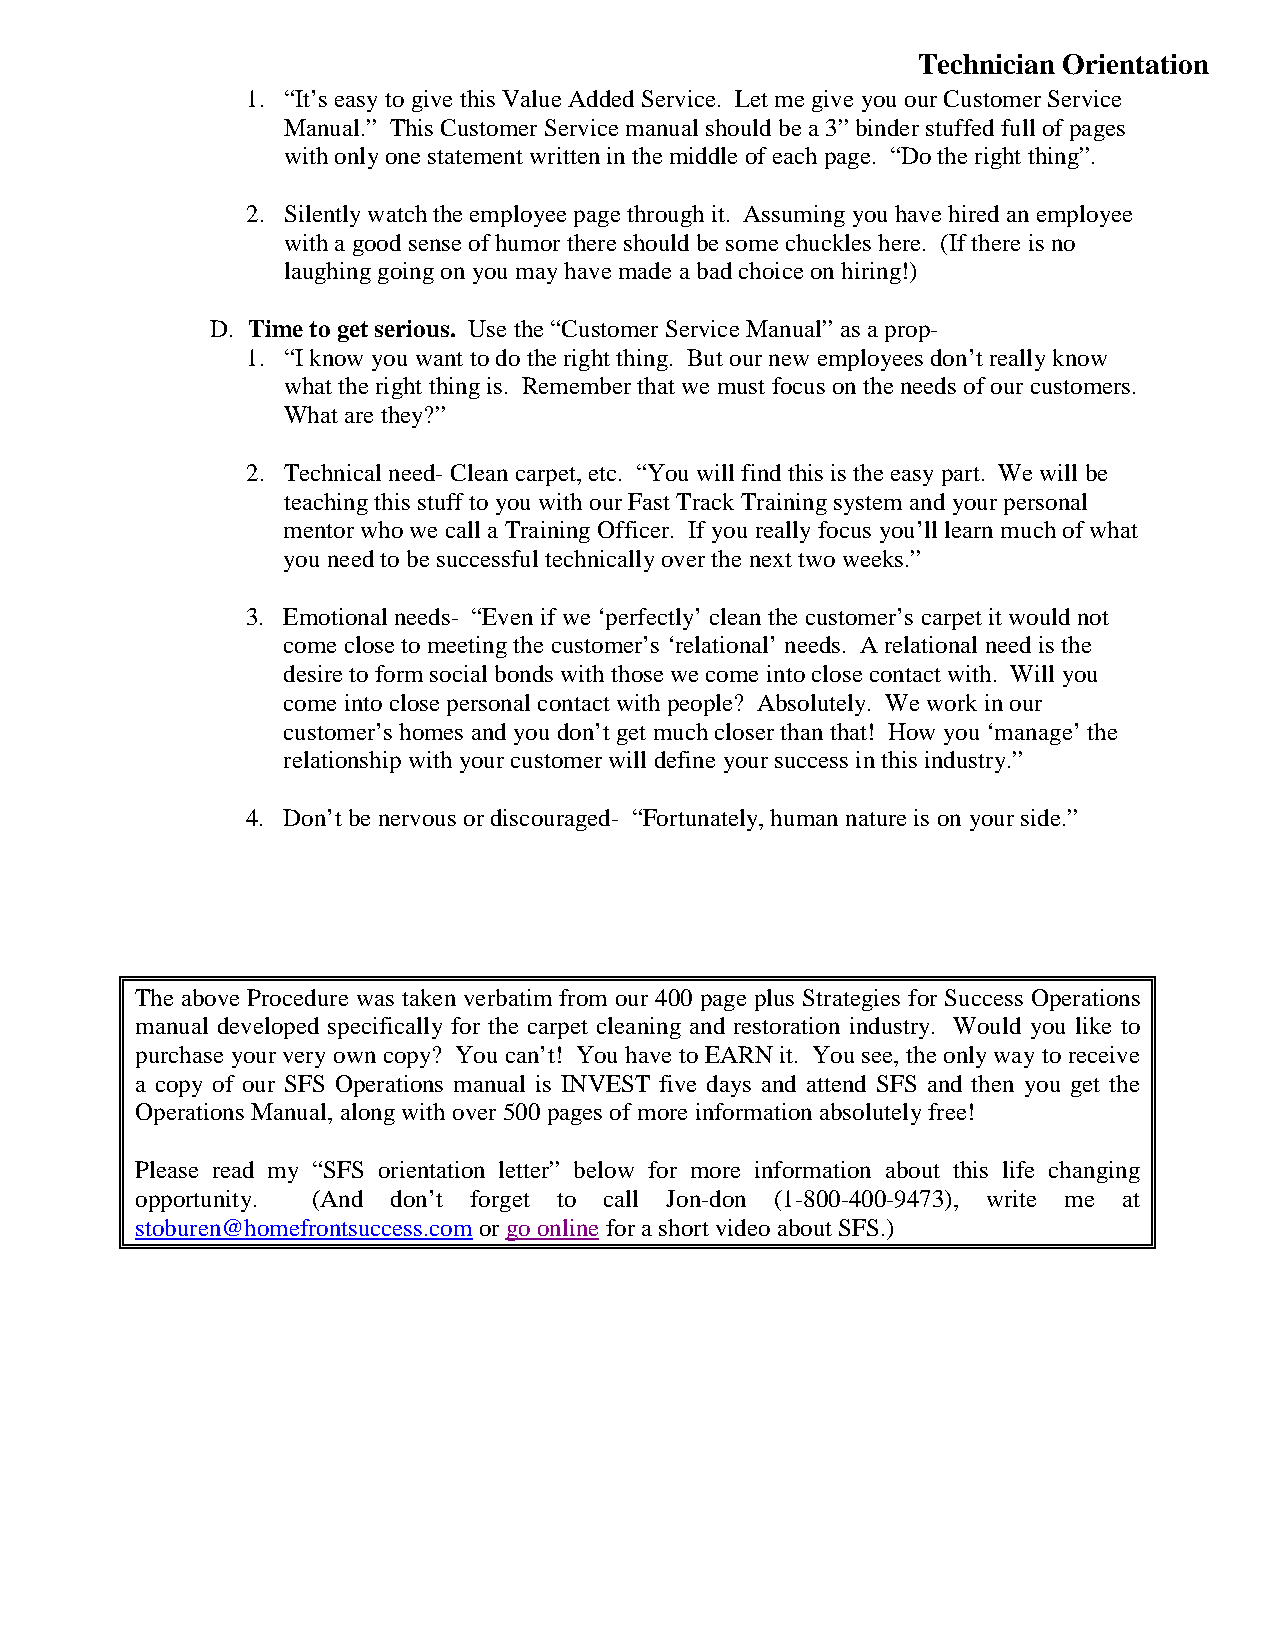
Technician Orientation
 1. “It’s easy to give this Value Added Service. Let me give you our Customer Service
 Manual.” This Customer Service manual should be a 3” binder stuffed full of pages
 with only one statement written in the middle of each page. “Do the right thing”.
 2. Silently watch the employee page through it. Assuming you have hired an employee
 with a good sense of humor there should be some chuckles here. (If there is no
 laughing going on you may have made a bad choice on hiring!)
 D. Time to get serious. Use the “Customer Service Manual” as a prop-
 1. “I know you want to do the right thing. But our new employees don’t really know
 what the right thing is. Remember that we must focus on the needs of our customers.
 What are they?”
 2. Technical need- Clean carpet, etc. “You will find this is the easy part. We will be
 teaching this stuff to you with our Fast Track Training system and your personal
 mentor who we call a Training Officer. If you really focus you’ll learn much of what
 you need to be successful technically over the next two weeks.”
 3. Emotional needs- “Even if we ‘perfectly’ clean the customer’s carpet it would not
 come close to meeting the customer’s ‘relational’ needs. A relational need is the
 desire to form social bonds with those we come into close contact with. Will you
 come into close personal contact with people? Absolutely. We work in our
 customer’s homes and you don’t get much closer than that! How you ‘manage’ the
 relationship with your customer will define your success in this industry.”
 4. Don’t be nervous or discouraged- “Fortunately, human nature is on your side.”
 The above Procedure was taken verbatim from our 400 page plus Strategies for Success Operations
 manual developed specifically for the carpet cleaning and restoration industry. Would you like to
 purchase your very own copy? You can’t! You have to EARN it. You see, the only way to receive
 a copy of our SFS Operations manual is INVEST five days and attend SFS and then you get the
 Operations Manual, along with over 500 pages of more information absolutely free!
 Please read my “SFS orientation letter” below for more information about this life changing
 opportunity. (And don’t forget to call Jon-don (1-800-400-9473), write me at
 stoburen@homefrontsuccess.com or go online for a short video about SFS.)